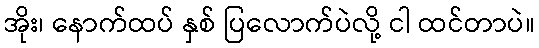
အိုး၊ နောက်ထပ် နှစ် ပြလောက်ပဲလို့ ငါ ထင်တာပဲ။